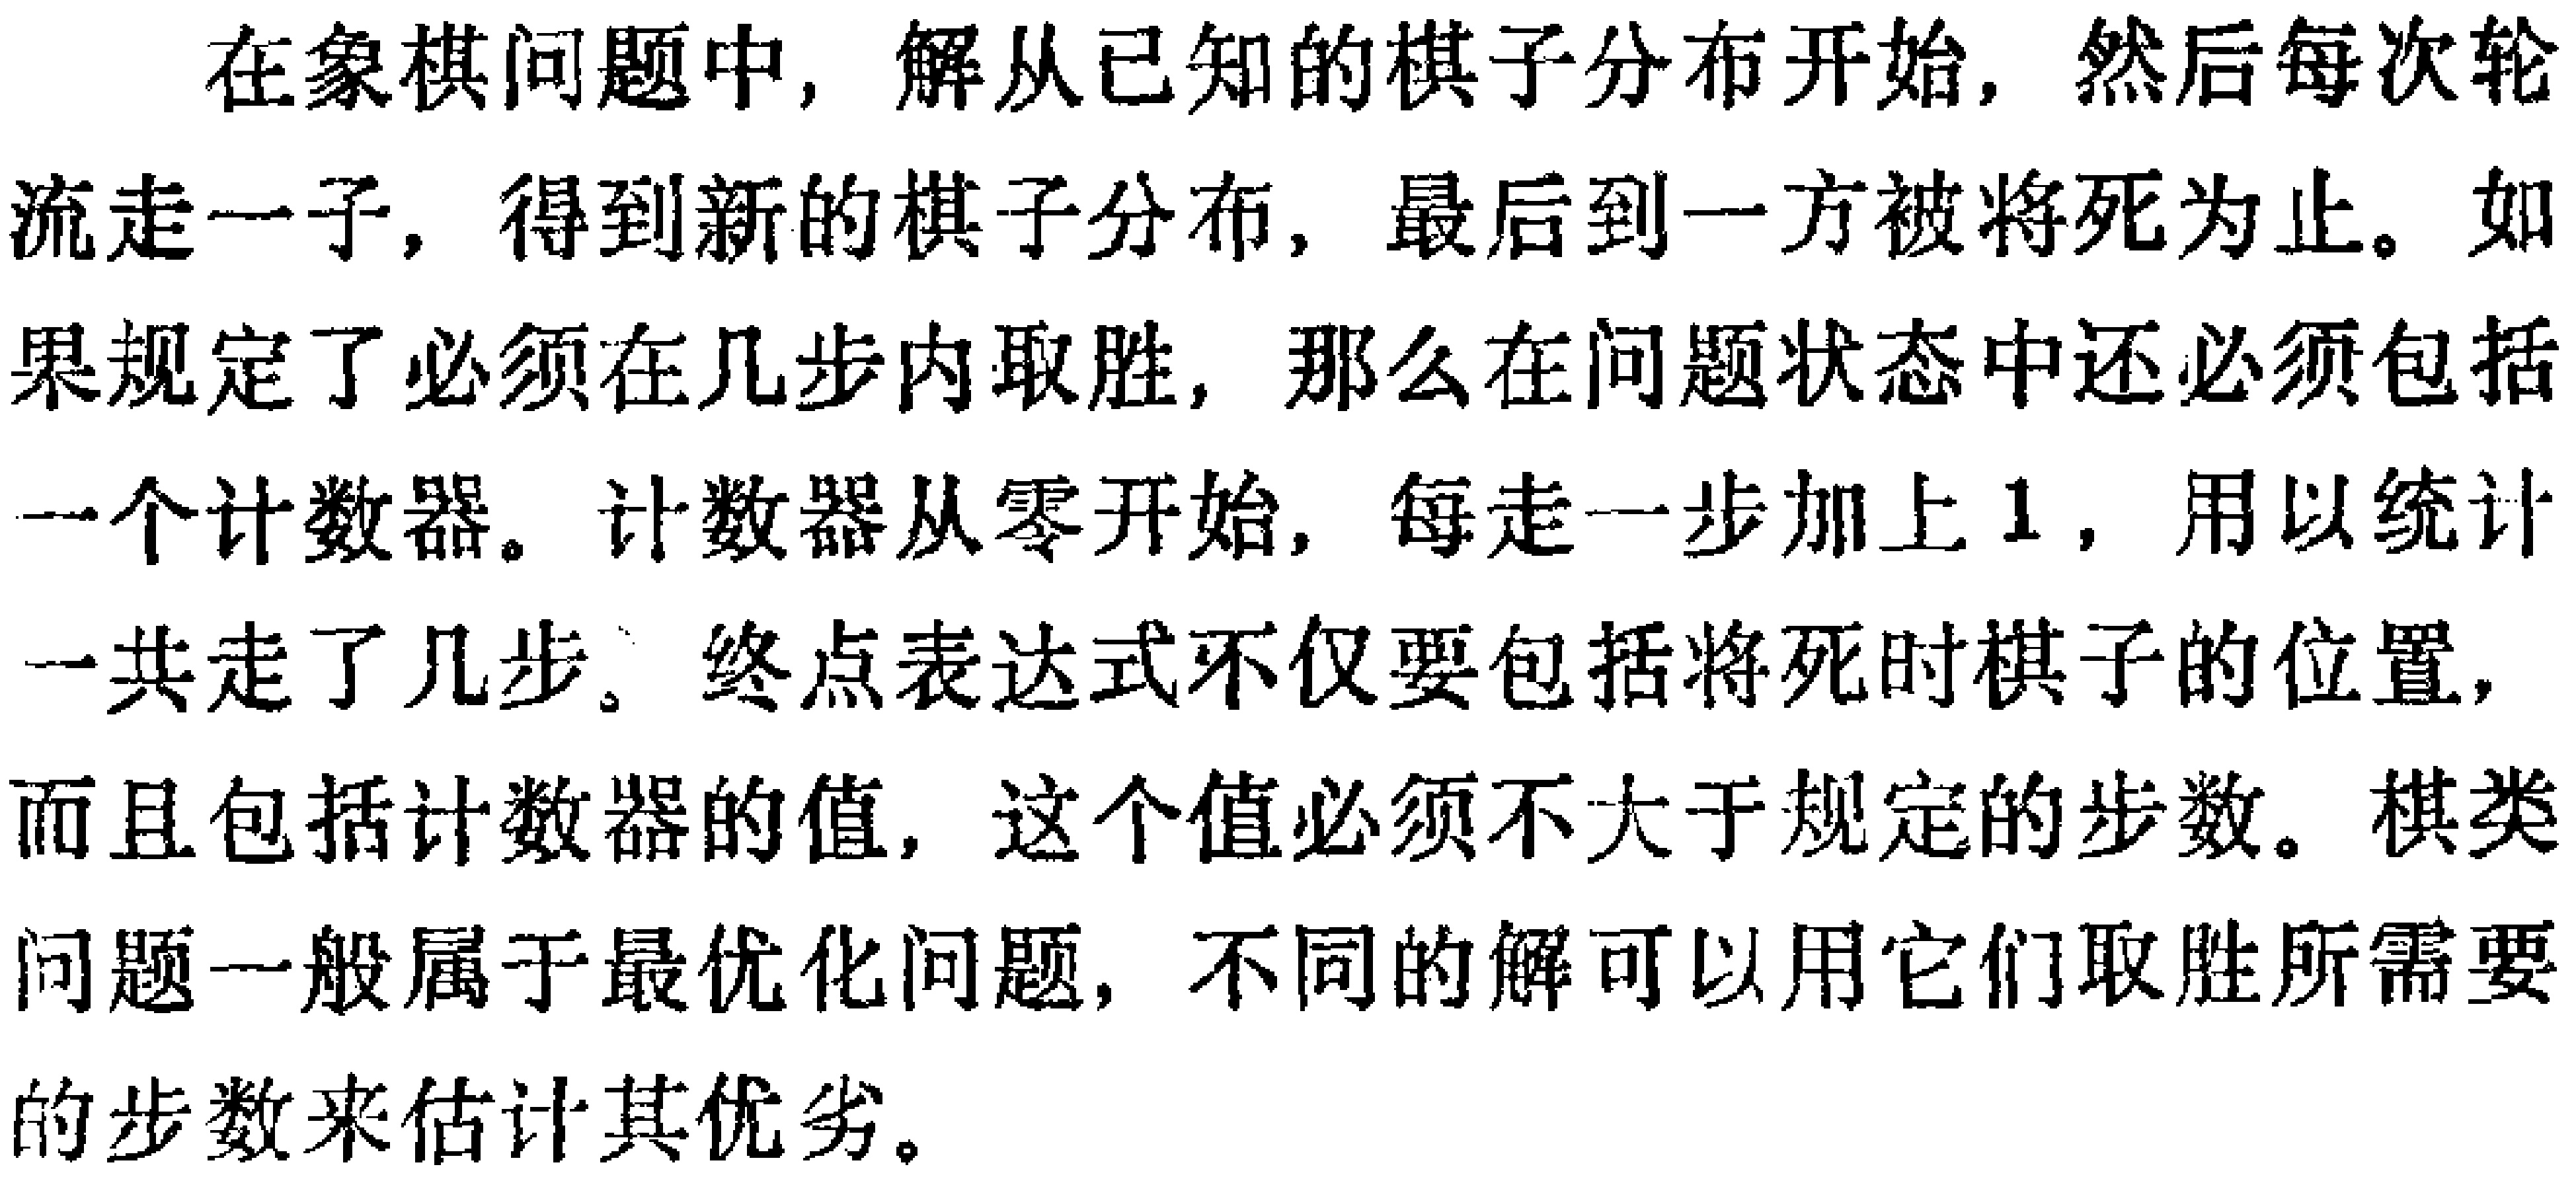
行动序列的第二种等价关系是人们熟悉的，它是由交换行动的顺序造成的。如果先采取\(a\)再采取\(b\)和先采取\(b\)再采取\(a\)结果一样，我们说两个行动\(a\)和\(b\) 是可换的。若\(3\)个行动\((a,b,c)\)彼此都可换,那么行动序列\(abc,acb,bac,bca, cba\)和\(cab\)全都等价。这就是说，从同一个节点出发，随便采取上面\(6\)个行动序列中任何一个，都得到同样的结果。例如，要解方程\(5x + 17 = 3x + 21\)，第一步我们可以从两边同时减去\(3x\)，第二步两边同时减去\(17\)，但第一步先减去\(17\)，第二步再减去\(3x\)也得到同样的结果。第三步是两边同除以\(2\)，就是这第三步也可以先做，它和前面两步也是可交换的。